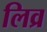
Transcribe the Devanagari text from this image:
लिव्र